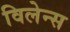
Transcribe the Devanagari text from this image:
विलेन्स